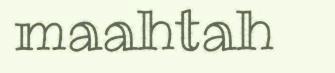
maahtah